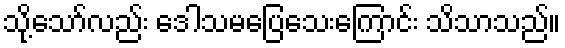
သို့သော်လည်း ဒေါသမပြေသေးကြောင်း သိသာသည်။